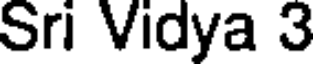
Sri Vidya 3